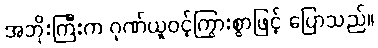
အဘိုးကြီးက ဂုဏ်ယူဝင့်ကြွားစွာဖြင့် ပြောသည်။